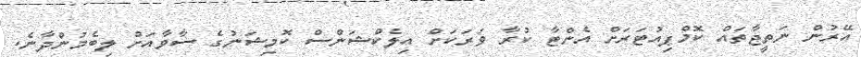
އޭރުން ނަތީޖާތައް ކޮމްޕިއުޓަރަށް އެންޓާ ކުރާ ވަރަކަށް އިލެކްޝަންސް ކޮމިޝަނުގެ ސާވާއަށް ލިބެމުންދާނެ.